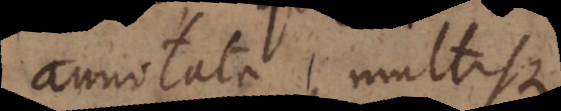
annotata, multisqu